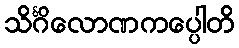
သိင်္ဂိလောဏကပ္ပေါတိ